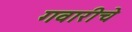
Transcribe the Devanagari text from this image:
गवारीचे